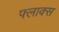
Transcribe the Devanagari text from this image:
फ्लाक्स